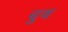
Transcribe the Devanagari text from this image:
चुथ